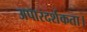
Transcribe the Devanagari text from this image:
अपारदर्शकता।